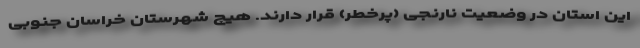
این استان در وضعیت نارنجی (پرخطر) قرار دارند. هیچ شهرستان خراسان جنوبی